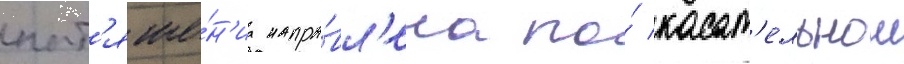
нат'яже́н'иа напра́вл'ена по́ касат'ельнои